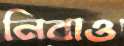
নিবাও